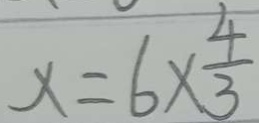
x = 6 \times \frac { 4 } { 3 }